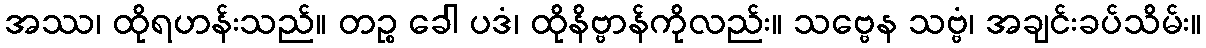
အဿ၊ ထိုရဟန်းသည်။ တဉ္စ ခေါ ပဒံ၊ ထိုနိဗ္ဗာန်ကိုလည်း။ သဗ္ဗေန သဗ္ဗံ၊ အချင်းခပ်သိမ်း။